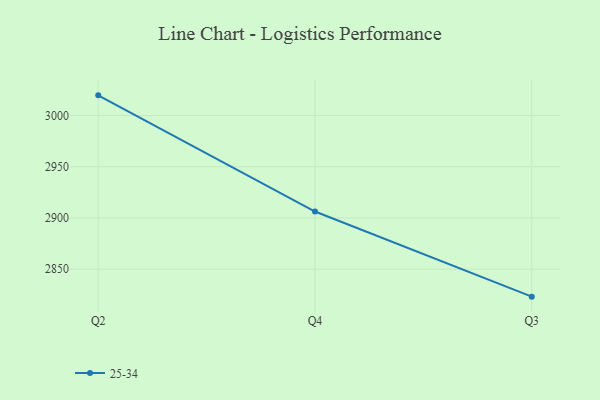
{"axis": {"x": "Quarter", "y": "Temperature (°C)"}, "legend": ["25-34"], "data": [{"x": "Q2", "y": 3019.7, "type": "25-34"}, {"x": "Q4", "y": 2906.3, "type": "25-34"}, {"x": "Q3", "y": 2823.2, "type": "25-34"}]}